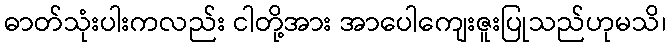
ဓာတ်သုံးပါးကလည်း ငါတို့အား အာပေါကျေးဇူးပြုသည်ဟုမသိ၊